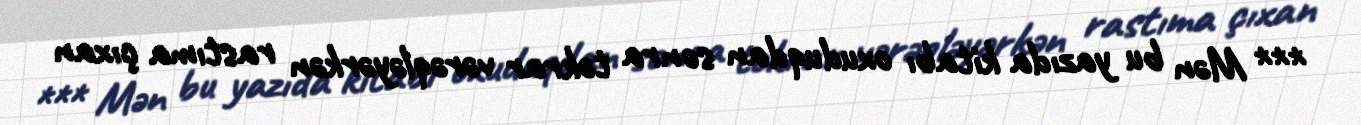
*** Mən bu yazıda kitabı oxuduqdan sonra təkrar vərəqləyərkən rastıma çıxan